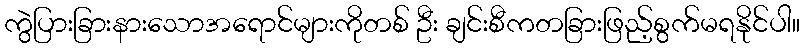
ကွဲပြားခြားနားသောအရောင်များကိုတစ် ဦး ချင်းစီကတခြားဖြည့်စွက်မရနိုင်ပါ။